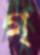
গ্